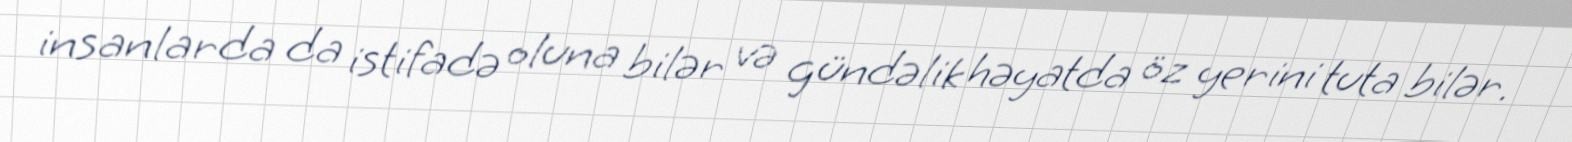
insanlarda da istifadə oluna bilər və gündəlik həyatda öz yerini tuta bilər.